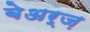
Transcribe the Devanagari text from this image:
बेअर्ज़